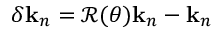
\delta \mathbf { k } _ { n } = \mathcal { R } ( \theta ) \mathbf { k } _ { n } - \mathbf { k } _ { n }